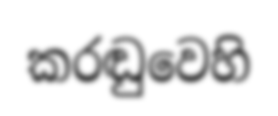
කරඬුවෙහි